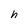
Character: h